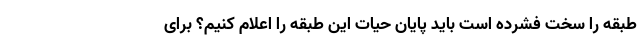
طبقه را سخت فشرده است باید پایان حیات این طبقه را اعلام کنیم؟ برای